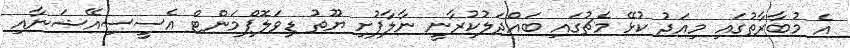
އެ މުބާރާތުގައި މިއަދު ކުޅޭ މެޗުގައި ބައްދަލުކުރާނީ ނާލާފުށި ޔޫތު ޑިވަލޮޕްމަންޓް އެސީސިއޭޝަނާއި